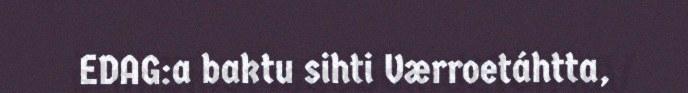
EDAG:a baktu sihti Værroetáhtta,